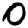
Digit: 0